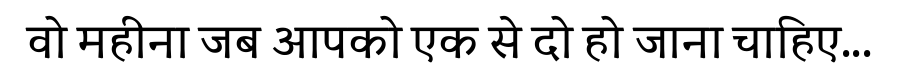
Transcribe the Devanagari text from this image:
वो महीना जब आपको एक से दो हो जाना चाहिए...